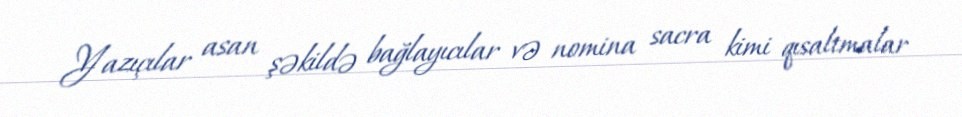
Yazıçılar asan şəkildə bağlayıcılar və nomina sacra kimi qısaltmalar